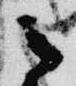
之